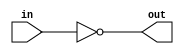
`timescale 1ns / 1ns
//////////////////////////////////////////////////////////////////////////////////
// Company: 
// Engineer: 
// 
// Design Name: 
// Module Name:    not_bit 
// Project Name: 
// Target Devices: 
// Tool versions: 
// Description: 
//
// Dependencies: 
//
// Revision: 
// Revision 0.01 - File Created
// Additional Comments: 
//
//////////////////////////////////////////////////////////////////////////////////

module not_bit(in,out);

	input in; 
	output out;    
	
	not notting(out,in);
	
endmodule